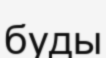
буды